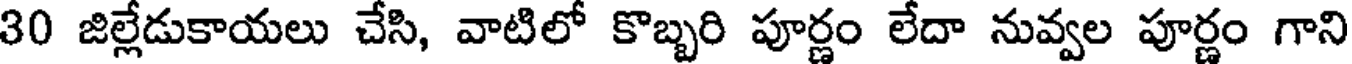
30 జిల్లేడుకాయలు చేసి, వాటిలో కొబ్బరి పూర్ణం లేదా నువ్వల పూర్ణం గాని